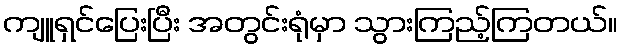
ကျူရှင်ပြေးပြီး အတွင်းရုံမှာ သွားကြည့်ကြတယ်။